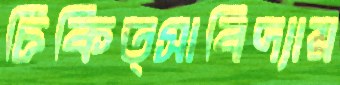
চিকিত্সাবিদ্যায়